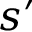
s ^ { \prime }